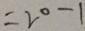
= 2 0 - 1